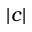
| c |